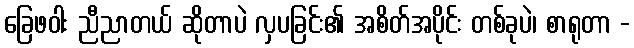
ခြေဖဝါး ညီညာတယ် ဆိုတာပဲ လှပခြင်း၏ အစိတ်အပိုင်း တစ်ခုပဲ၊ စာရုတာ -